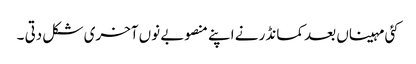
کئی مہیناں بعد کمانڈر نے اپنے منصوبے نوں آخری شکل دتی ۔